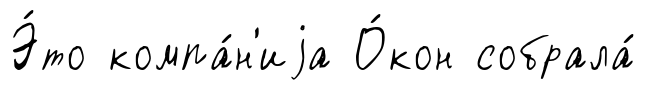
Э́то компа́н'иjа О́кон собрала́